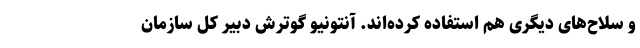
و سلاح‌های دیگری هم استفاده کرده‌اند. آنتونیو گوترش دبیر کل سازمان